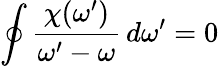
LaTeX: \oint{\frac{\chi(\omega^{\prime})}{\omega^{\prime}-\omega}}\, d\omega^{\prime}=0